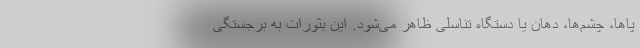
پاها، چشم‌ها، دهان یا دستگاه تناسلی ظاهر می‌شود. این بثورات به برجستگی